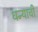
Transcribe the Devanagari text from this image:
धन्याची